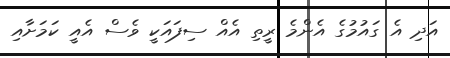
އަދި އެ ގައުމުގެ އެންމެ ރީތި އެއް ސިފައަކީ ވެސް އެއީ ކަމަށާއި